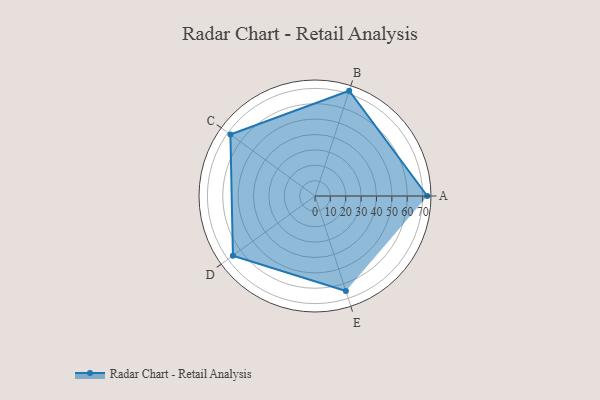
{"axis": {"x": "Skill", "y": "Score"}, "legend": ["Profile"], "data": [{"x": "A", "y": 73.0, "type": "Profile"}, {"x": "B", "y": 72.0, "type": "Profile"}, {"x": "C", "y": 68.0, "type": "Profile"}, {"x": "D", "y": 66.0, "type": "Profile"}, {"x": "E", "y": 65.0, "type": "Profile"}]}